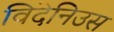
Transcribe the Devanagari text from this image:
विदेनिउस